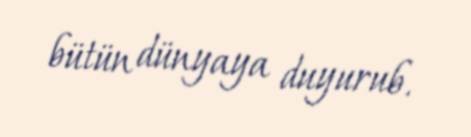
bütün dünyaya duyurub.